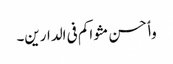
وٲحسن مثواکم فی الدارین۔